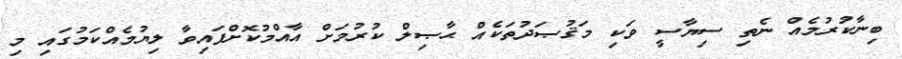
ބިނާކުރުމެއް ނެތި ސިޔާސީ ވަކި މަޤުޞަދުތަކެއް ޙާޞިލް ކުރުމަށް އާއްމުކޮށްފައިވާ ލިޔުމެއްކަމުގައި މި